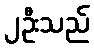
၂ဦးသည်